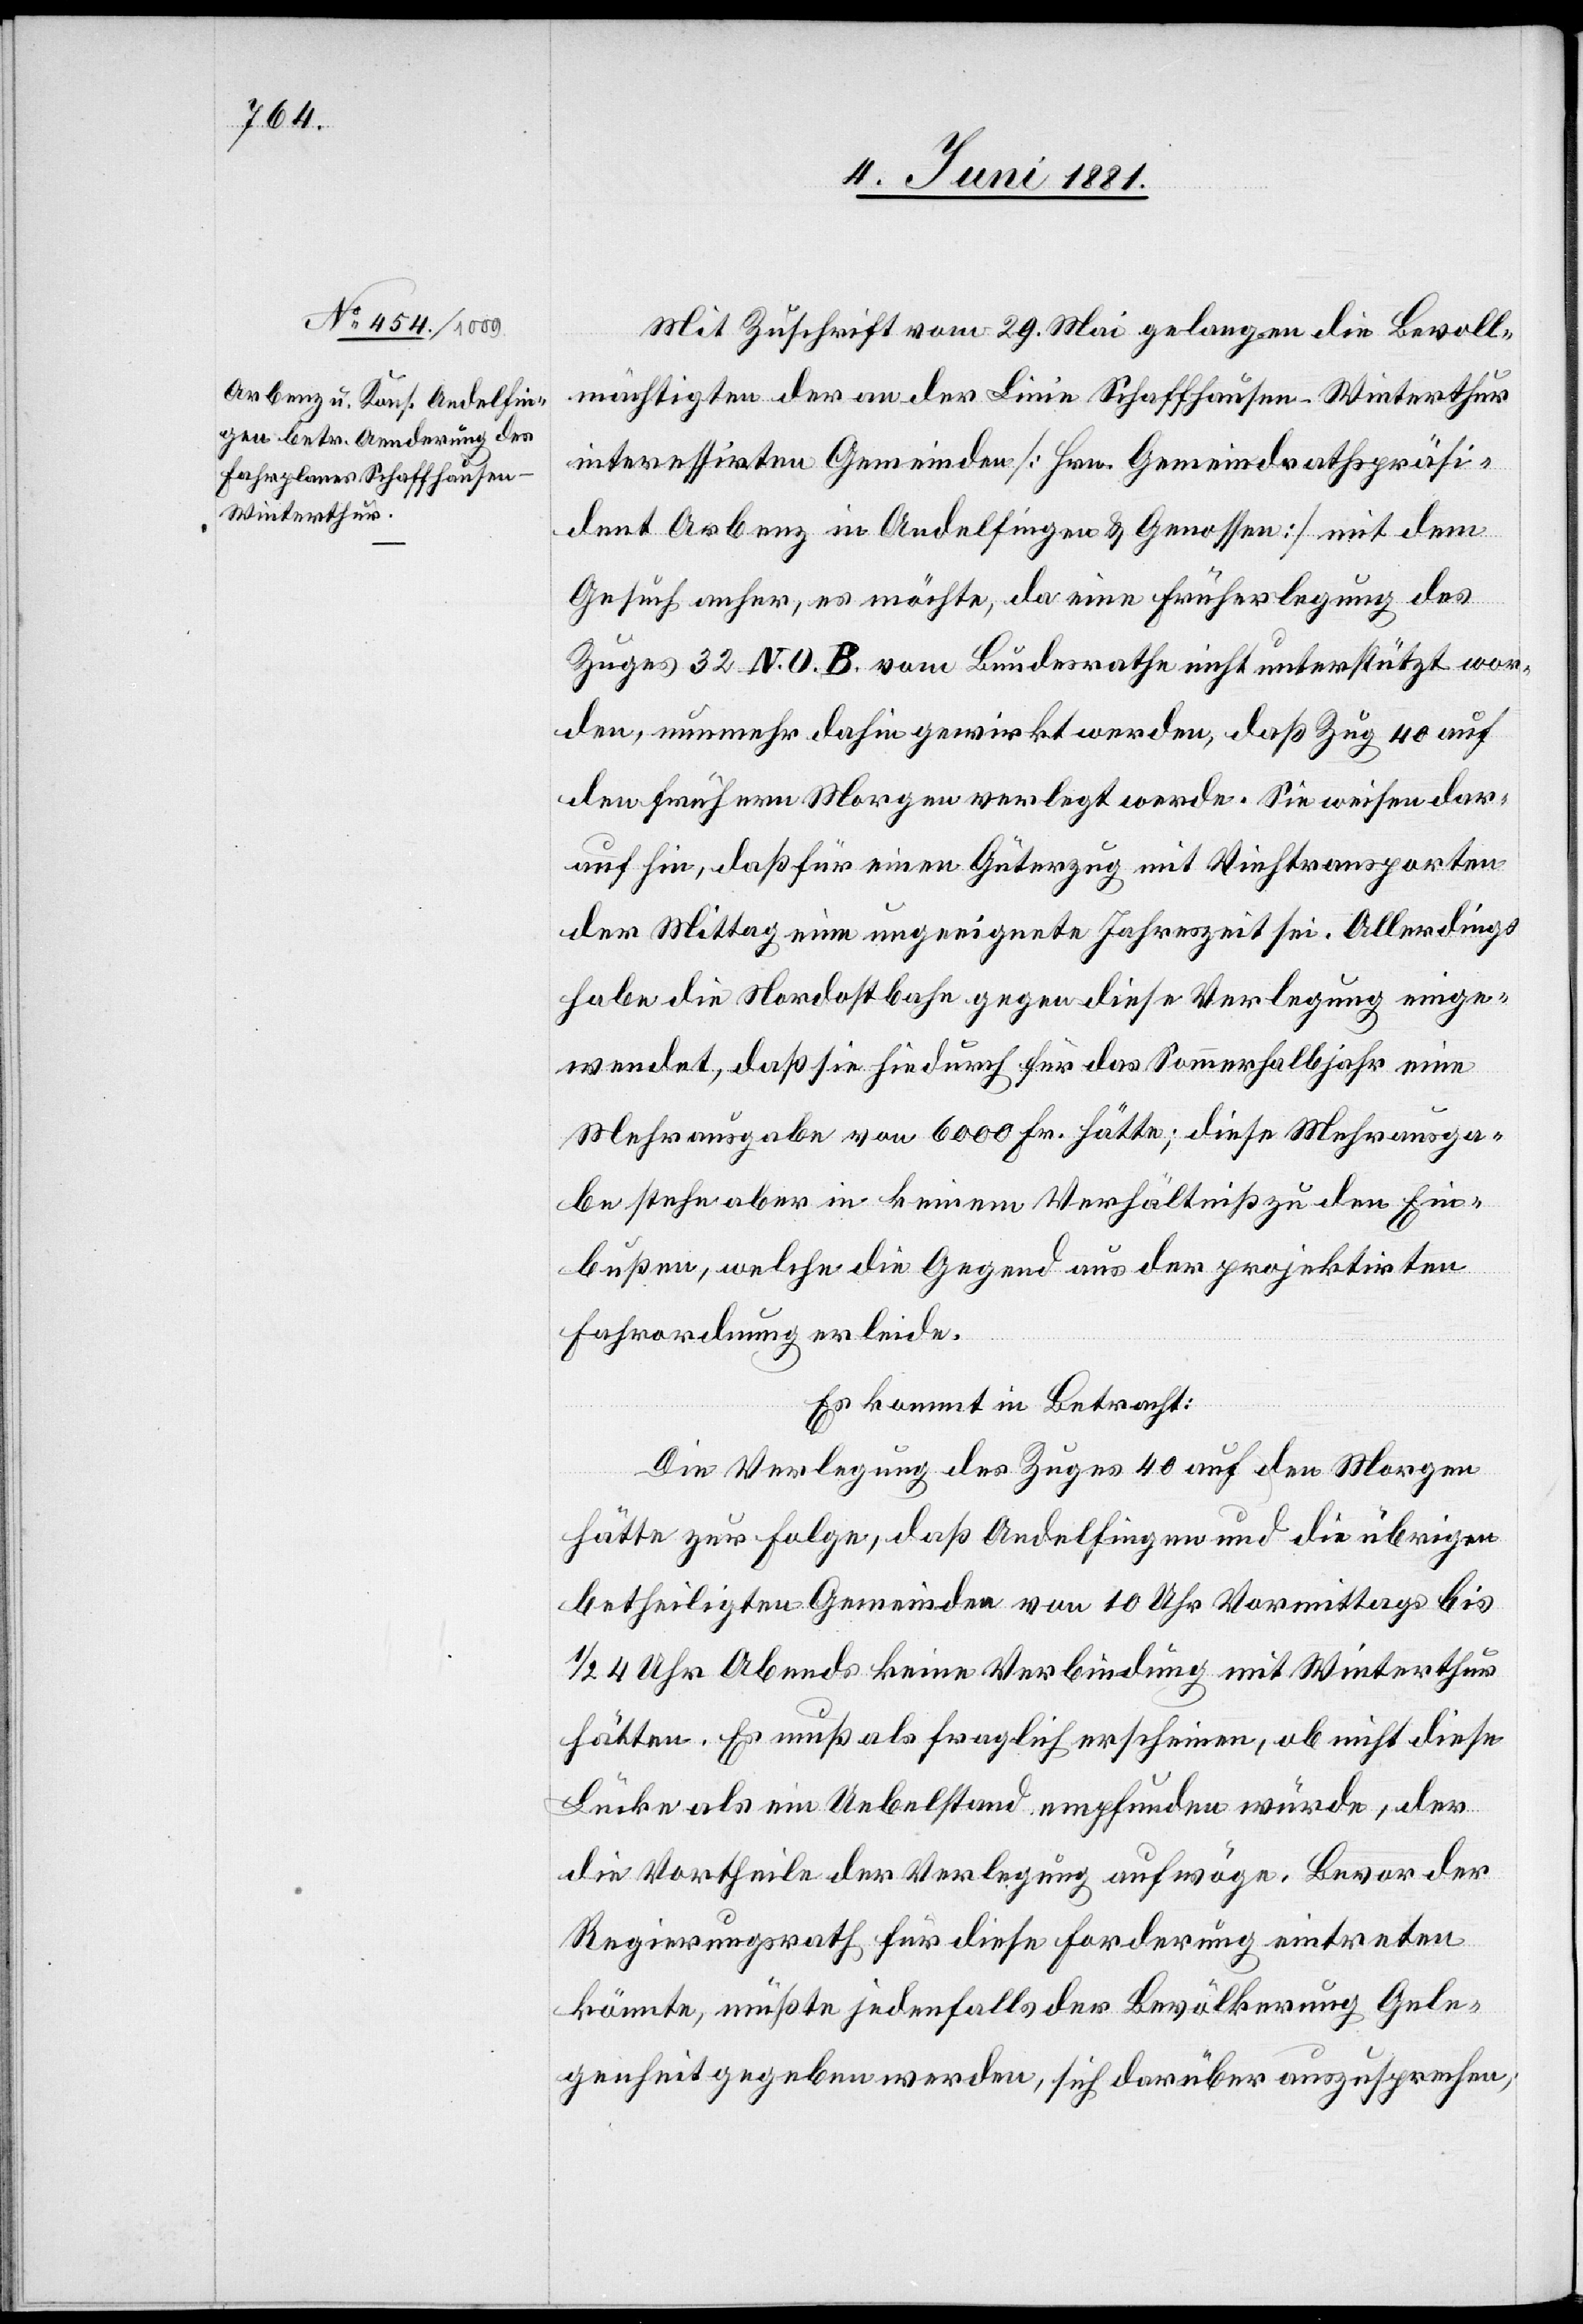
Mit Zuschrift vom 29. Mai gelangen die Bevoll¬
mächtigten der an der Linie Schaffhausen–Winterthur
interessirten Gemeinden [Hrn. Gemeindrathspräsi¬
dent Arbenz in Andelfingen & Genossen] mit dem
Gesuch anher, es möchte, da eine Früherlegung des
Zuges 32 N. O. B. vom Bundesrathe nicht unterstützt wor¬
den, nunmehr dahin gewirkt werden, daß Zug 40 auf
den frühern Morgen verlegt werde. Sie weisen dar¬
auf hin, daß für einen Güterzug mit Viehtransporten
der Mittag eine ungeeignete Jahreszeit sei. Allerdings
habe die Nordostbahn gegen diese Verlegung einge¬
wendet, daß sie hiedurch für das Sommerhalbjahr eine
Mehrausgabe von 6000 Fr. hätte; diese Mehrausga¬
be aber in keinem Verhältniß zu den Ein¬
bußen, welche die Gegend aus der projektirten
Fahrordnung erleide.
Es kommt in Betracht:
Die Verlegung des Zuges 40 auf den Morgen
hätte zur Folge, daß Andelfingen und die übrigen
betheiligten Gemeinden von 10 Uhr Vormittags bis
1/2 4 Uhr Abends keine Verbindung mit Winterthur
hätten. Es muß als fraglich erscheinen, ob nicht diese
Lücke als ein Uebelstand empfunden würde, der
die Vortheile der Verlegung aufwöge. Bevor der
Regierungsrath für diese Forderung eintreten
könnte, müßte jedenfalls der Bevölkerung Gele¬
genheit gegeben werden, sich darüber auszusprechen,